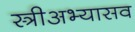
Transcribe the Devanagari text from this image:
स्त्रीअभ्यासव